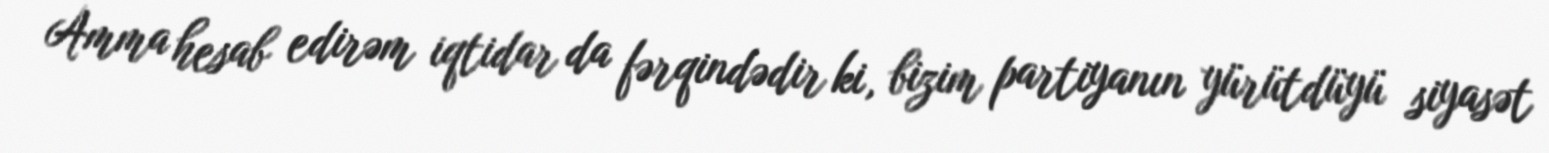
Amma hesab edirəm iqtidar da fərqindədir ki, bizim partiyanın yürütdüyü siyasət